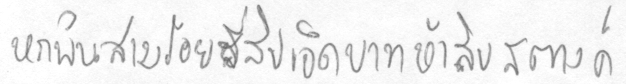
หกพันสามร้อยสี่สิบเอ็ดบาทห้าสิบสตางค์